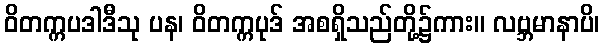
ဝိတက္ကပဒါဒီသု ပန၊ ဝိတက္ကပုဒ် အစရှိသည်တို့၌ကား။ လဗ္ဘမာနာပိ၊